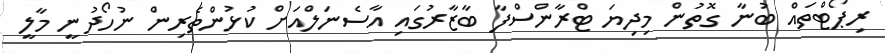
ރިޕޯޓްތައް ބުނާ ގޮތުން މިދިޔަ ޓްރާންސްފާ ބާޒާރުގައި އާސެނަލްއަށް ކުޅުންތެރިން ނުހޯދުނީ މާލީ